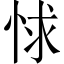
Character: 㤹